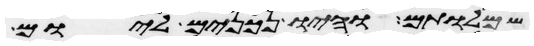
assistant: שמלותם והיו נכונים ליום